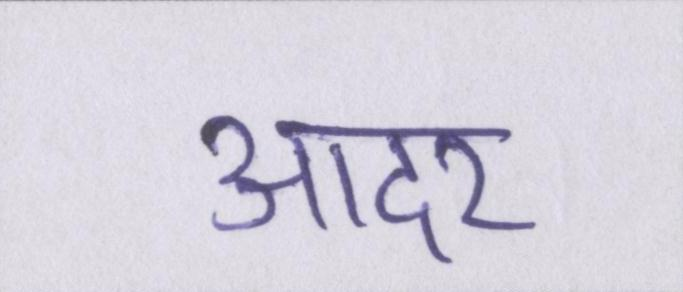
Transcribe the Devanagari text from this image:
आदर